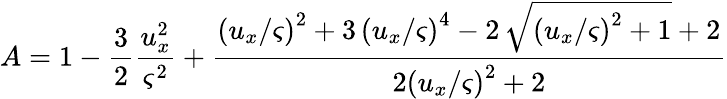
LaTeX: A=1-\frac{3}{2}\frac{u_{x}^{2}}{\varsigma^{2}}+\frac{{(u_{x}/\varsigma)}^{2}+3\, {(u_{x}/\varsigma)}^{4}-2\, \sqrt{{(u_{x}/\varsigma)}^{2}+1}+2}{2{(u_{x}/\varsigma)}^{2}+2}